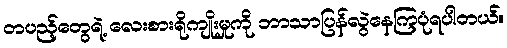
တပည့်တွေရဲ့ လေးစားရိုကျိုးမှုကို ဘာသာပြန်လွဲနေကြပုံရပါတယ်။